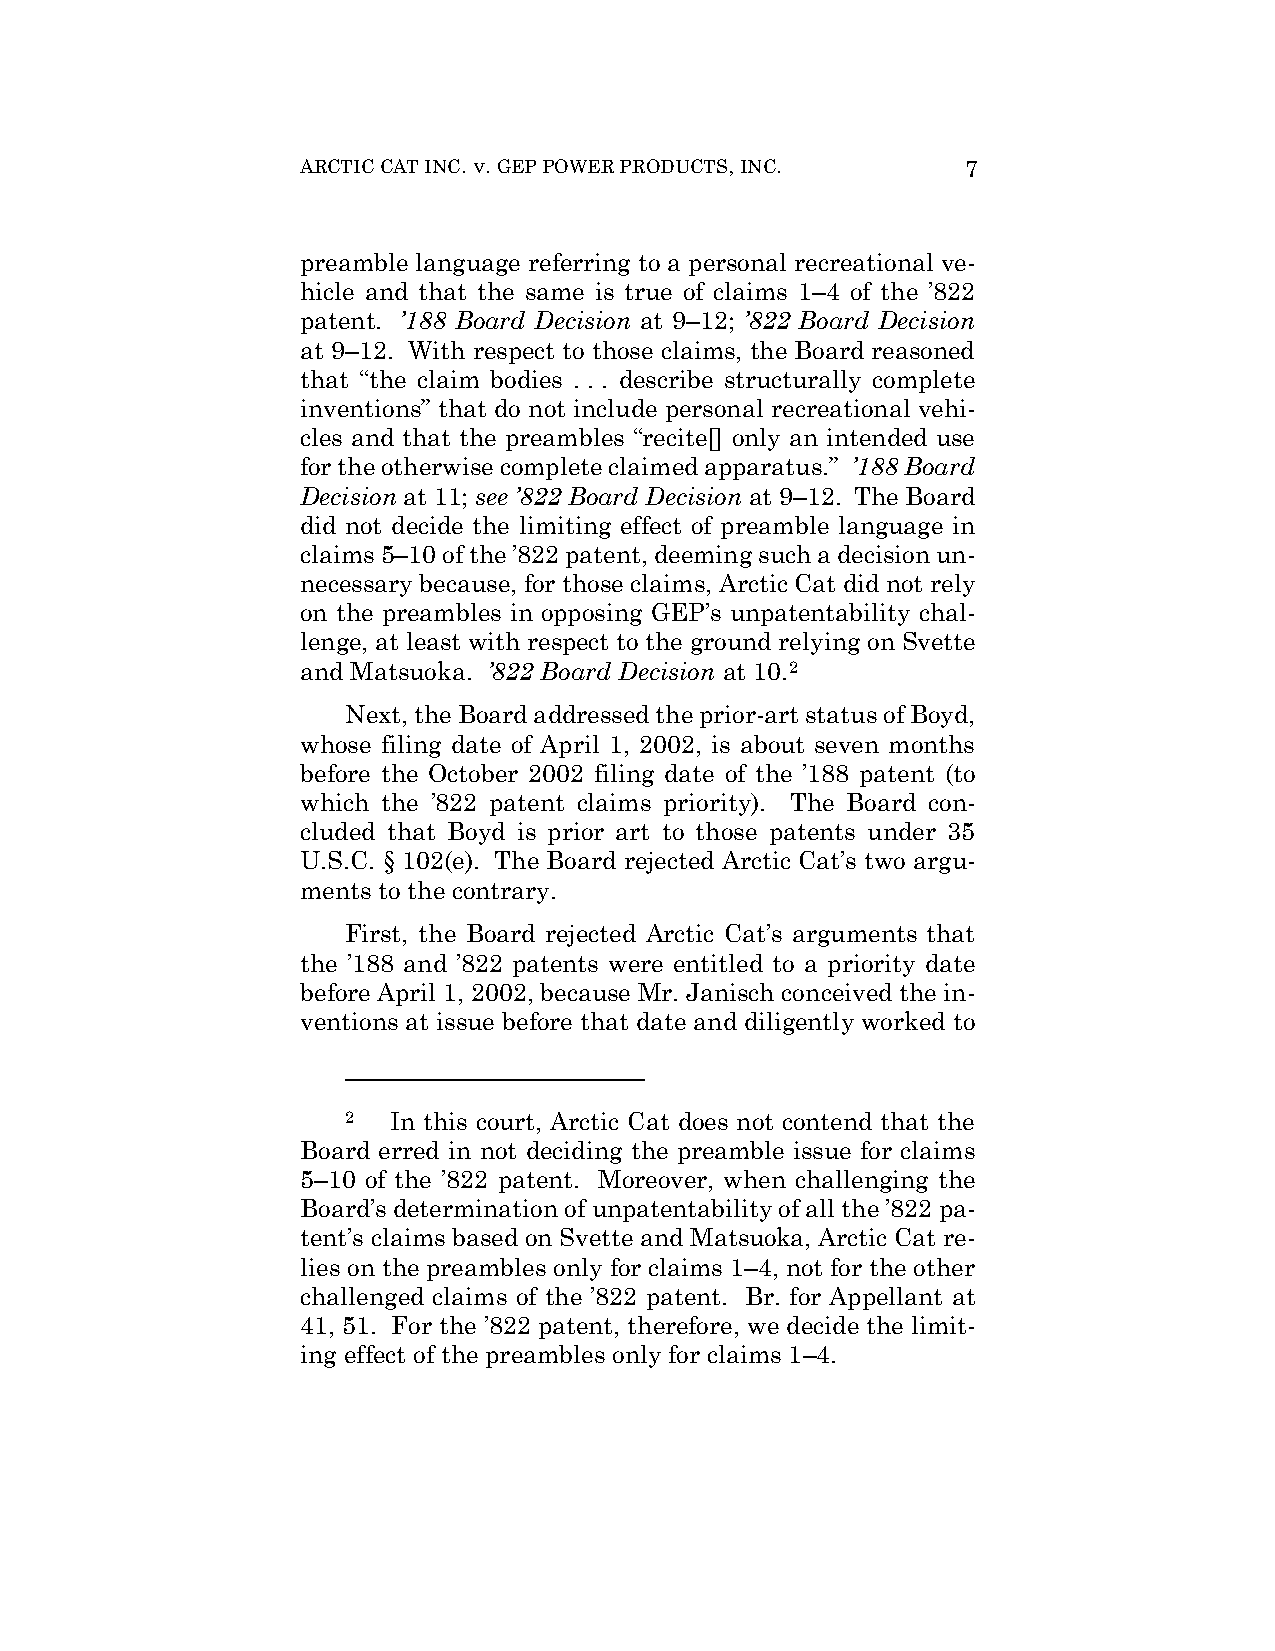
ARCTIC CAT INC. v. GEP POWER PRODUCTS, INC. 7
 preamble language referring to a personal recreational ve-
 hicle and that the same is true of claims 1–4 of the ’822
 patent. ’188 Board Decision at 9–12; ’822 Board Decision
 at 9–12. With respect to those claims, the Board reasoned
 that “the claim bodies . . . describe structurally complete
 inventions” that do not include personal recreational vehi-
 cles and that the preambles “recite[] only an intended use
 for the otherwise complete claimed apparatus.” ’188 Board
 Decision at 11; see ’822 Board Decision at 9–12. The Board
 did not decide the limiting effect of preamble language in
 claims 5–10 of the ’822 patent, deeming such a decision un-
 necessary because, for those claims, Arctic Cat did not rely
 on the preambles in opposing GEP’s unpatentability chal-
 lenge, at least with respect to the ground relying on Svette
 and Matsuoka. ’822 Board Decision at 10.2
 Next, the Board addressed the prior-art status of Boyd,
 whose filing date of April 1, 2002, is about seven months
 before the October 2002 filing date of the ’188 patent (to
 which the ’822 patent claims priority). The Board con-
 cluded that Boyd is prior art to those patents under 35
 U.S.C. § 102(e). The Board rejected Arctic Cat’s two argu-
 ments to the contrary.
 First, the Board rejected Arctic Cat’s arguments that
 the ’188 and ’822 patents were entitled to a priority date
 before April 1, 2002, because Mr. Janisch conceived the in-
 ventions at issue before that date and diligently worked to
 2  In this court, Arctic Cat does not contend that the
 Board erred in not deciding the preamble issue for claims
 5–10 of the ’822 patent. Moreover, when challenging the
 Board’s determination of unpatentability of all the ’822 pa-
 tent’s claims based on Svette and Matsuoka, Arctic Cat re-
 lies on the preambles only for claims 1–4, not for the other
 challenged claims of the ’822 patent. Br. for Appellant at
 41, 51. For the ’822 patent, therefore, we decide the limit-
 ing effect of the preambles only for claims 1–4.